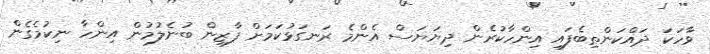
ވާހަކަ ދައްކަންތިބެފައި އިންހާކުރެން ދިޔަޔަސް އެންމެ ރަނގަޅުކަމަށް ފާޒިން ބުނެލުމުން އިންހާ ނިކުމެގެން